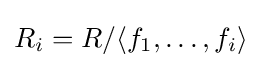
R_{i}=R/\langle f_{1},\ldots ,f_{i}\rangle